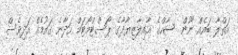
އަތްލާ ބައެއް ނޫން  ޝާހްގެ އާއިލާޒިޔާދާގެ ޕޯސްޓްމޯޓަމް ހަދާނެ ގައުމެއް އަދިވެސް